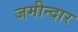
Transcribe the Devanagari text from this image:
जमीन्दार